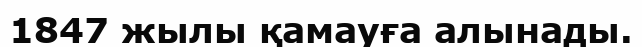
1847 жылы қамауға алынады.